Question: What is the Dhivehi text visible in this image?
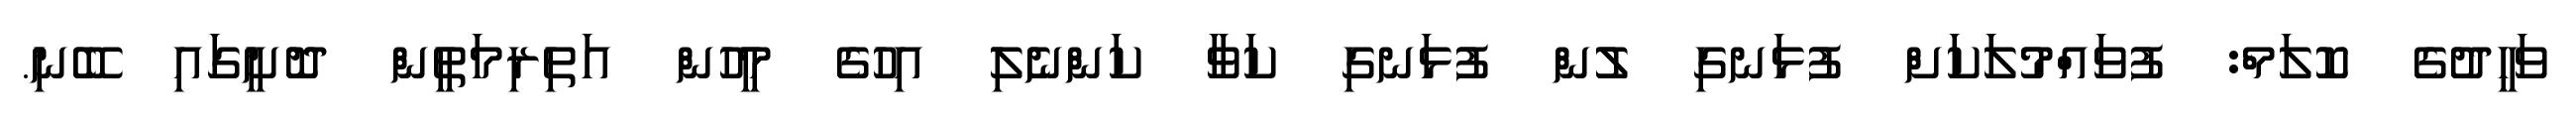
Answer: ވަހީދުގެ ކޮލަމް: ފުވައްމުލަކަށް ފުޅަނގި ލުން ފުޅަނގި ކަވާ ކަންނެލި އިހުގެ މީހުން އަތިރިމަތީން ދޮށީގައި ބޭނި.